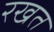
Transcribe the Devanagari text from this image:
रखत